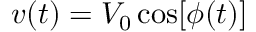
v ( t ) = V _ { 0 } \cos [ \phi ( t ) ]